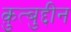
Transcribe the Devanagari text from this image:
क़ुत्बुद्दीन